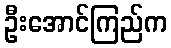
ဦးအောင်ကြည်က